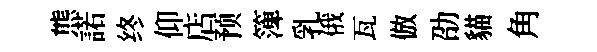
熊諾终仰店预𥱼乳俄瓦倣劭貓角